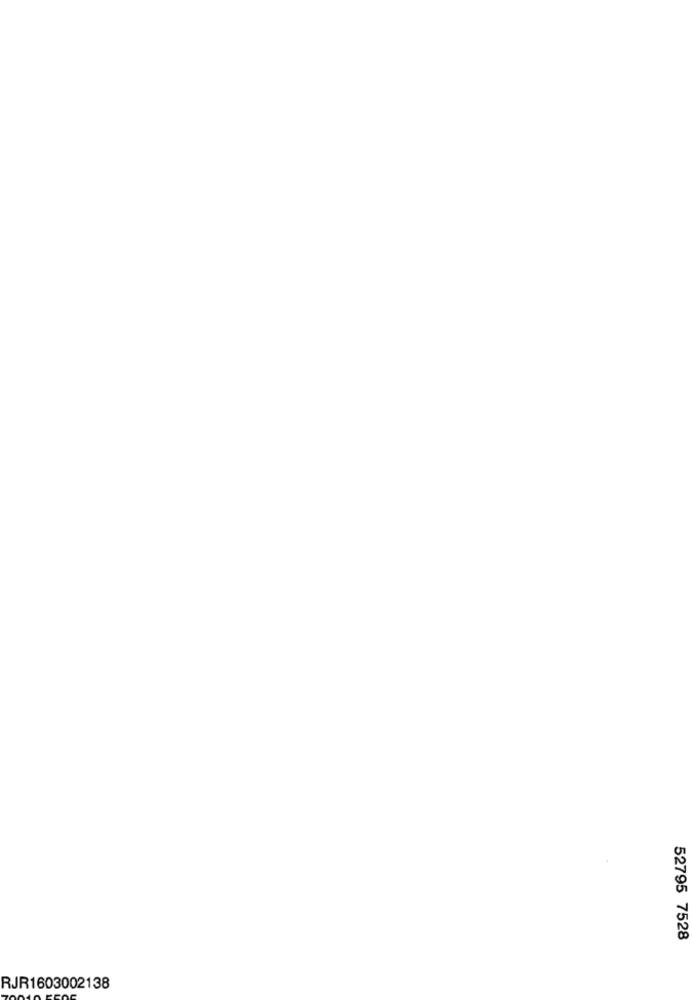
52795 7528
RJR1603002138